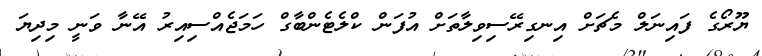
ޔޫރޯގެ ފައިނަލް މެޗަށް އިނގިރޭސިވިލާތަށް އުފަން ކްލެޓެންބާގް ހަމަޖެއްސިއިރު އޭނާ ވަނީ މިދިޔަ